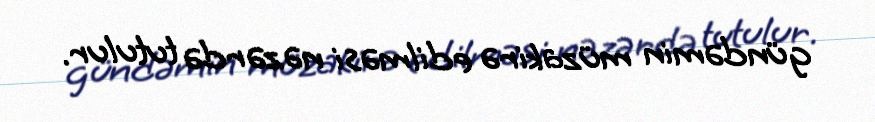
gündəmin müzakirə edilməsi nəzərdə tutulur.